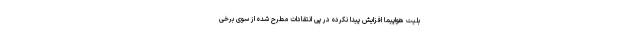
بلیت هواپیما افزایش پیدا نکرده در پی انتقادات مطرح شده از سوی برخی